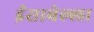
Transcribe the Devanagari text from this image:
ईसाबेल्ला